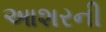
આશરની